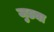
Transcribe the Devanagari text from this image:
जुड्या